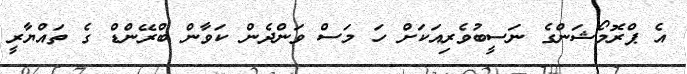
އެ ޕްރޮމޯޝަންގެ ނަސީބުވެރިއަކަށް ހަ މަސް ވަންދެން ކަވާން ބްރޭންޑް ގެ ތައްޔާރީ